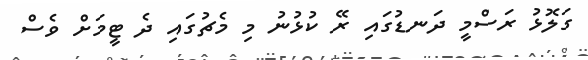
ގަލޮޅު ރަސްމީ ދަނޑުގައި ރޭ ކުޅުނު މި މެޗުގައި ދެ ޓީމަށް ވެސް